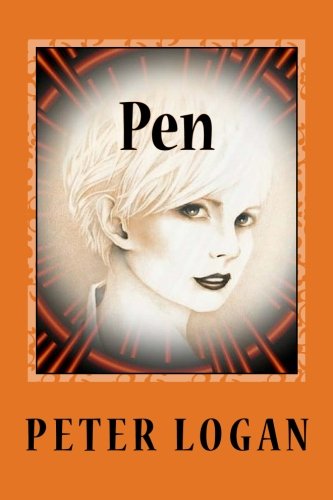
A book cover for Pen; Peter Logan; Science Fiction & Fantasy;